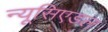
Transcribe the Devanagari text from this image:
न्यूसिएडल